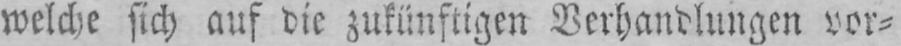
welche sich auf die zukünftigen Verhandlungen vor⸗